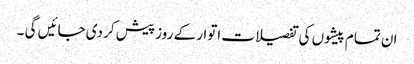
ان تمام پیشوں کی تفصیلات اتوار کے روز پیش کر دی جائیں گی ۔